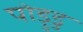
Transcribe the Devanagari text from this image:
पोड़ुडु